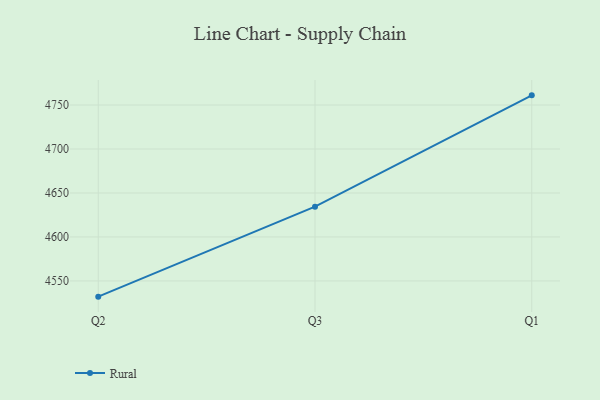
{"axis": {"x": "Quarter", "y": "Waste Production (Tons)"}, "legend": ["Rural"], "data": [{"x": "Q2", "y": 4532.1, "type": "Rural"}, {"x": "Q3", "y": 4634.4, "type": "Rural"}, {"x": "Q1", "y": 4761.0, "type": "Rural"}]}